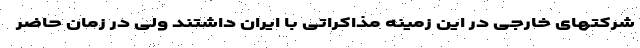
شرکتهای خارجی در این زمینه مذاکراتی با ایران داشتند ولی در زمان حاضر